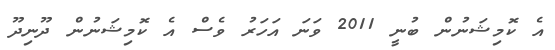
އެ ކޮމިޝަނުން ބުނީ 2011 ވަނަ އަހަރު ވެސް އެ ކޮމިޝަނުން ދޫނިދޫ